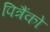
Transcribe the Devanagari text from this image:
पित्रैंको